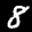
Label: 8